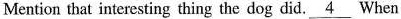
Mention that interesting thing the dog did. \underline{4} When